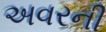
અવરની